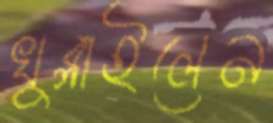
খুব্‌লাইলেন